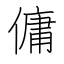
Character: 傭